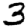
Digit: 3